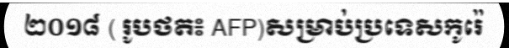
២០១៨ ( រូបថត៖ AFP)សម្រាប់ប្រទេសកូរ៉េ